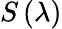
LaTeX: S\left(\lambda\right)